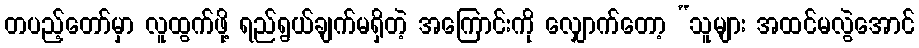
တပည့်တော်မှာ လူထွက်ဖို့ ရည်ရွယ်ချက်မရှိတဲ့ အကြောင်းကို လျှောက်တော့ “သူများ အထင်မလွဲအောင်